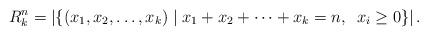
LaTeX: \begin{align*}R_{k}^{n} = \arrowvert \lbrace (x_{1} , x_{2} , \dots , x_{k}) \mid x_{1} + x_{2} + \dots + x_{k} = n, \phantom{z} x_{i} \geq 0 \rbrace \arrowvert\,.\end{align*}